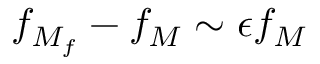
f _ { M _ { f } } - f _ { M } \sim \epsilon f _ { M }